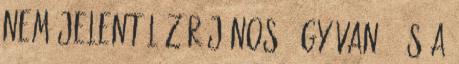
nem jelent Lázár János: Úgy van , és a